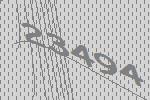
23494